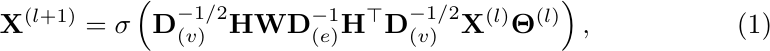
\begin{equation}
\label{eq:hgcn}
\mathbf{X}^{(l+1)}=\sigma\left(\mathbf{D}_{(v)}^{-1 / 2} \mathbf{H} \mathbf{W} \mathbf{D}_{(e)}^{-1} \mathbf{H}^{\top} \mathbf{D}_{(v)}^{-1 / 2} \mathbf{X}^{(l)} \mathbf{\Theta}^{(l)}\right),
\end{equation}